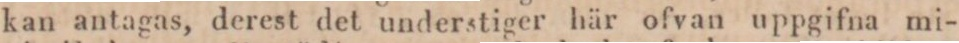
kan antagas, derest det understiger här ofvan uppgifna mi-